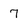
Character: 7